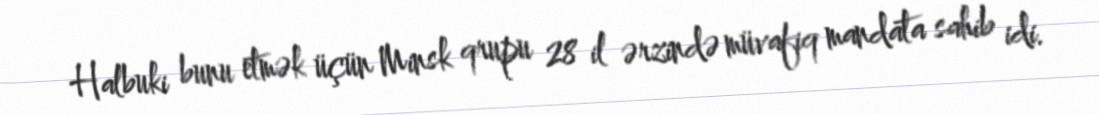
Halbuki bunu etmək üçün Minsk qrupu 28 il ərzində müvafiq mandata sahib idi.